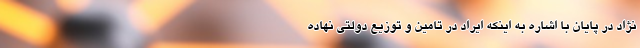
نژاد در پایان با اشاره به اینکه ایراد در تامین و توزیع دولتی نهاده